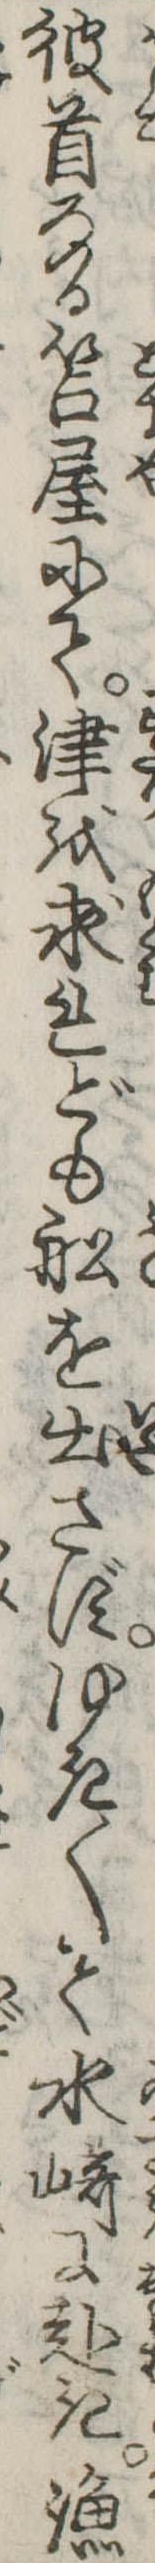
彼首なる笘屋にて津を求れども船を出さずゆき〱て水崎に赴き漁